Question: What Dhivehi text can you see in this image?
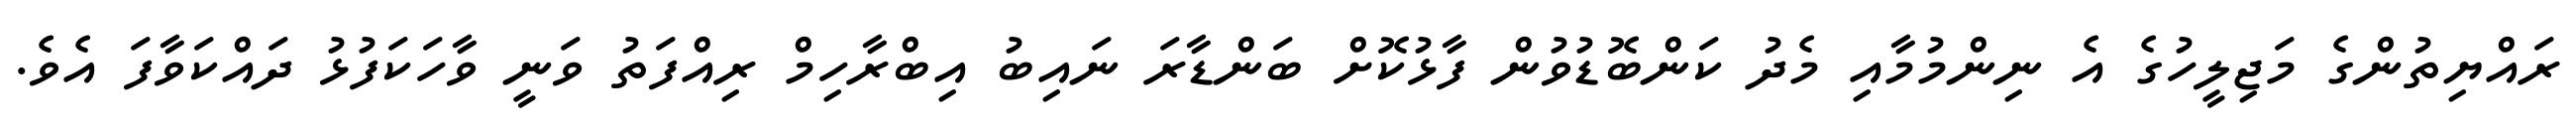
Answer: ރައްޔިތުންގެ މަޖިލީހުގެ އެ ނިންމުމާއި މެދު ކަންބޮޑުވުން ފާޅުކޮށް ބަންޑާރަ ނައިބު އިބްރާހިމް ރިއްފަތު ވަނީ ވާހަކަފުޅު ދައްކަވާފަ އެވެ.